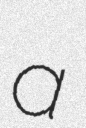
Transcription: a